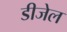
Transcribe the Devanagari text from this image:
डीजेल